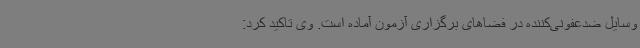
وسایل ضدعفونی‌کننده در فضاهای برگزاری آزمون آماده است. وی تاکید کرد: